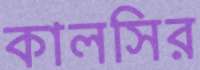
কালসির